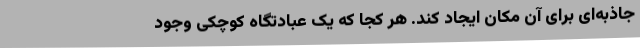
جاذبه‌ای برای آن مکان ایجاد کند. هر کجا که یک عبادتگاه کوچکی وجود